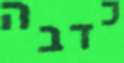
כדבה